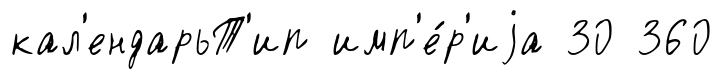
кал'ендарьТ'ип имп'е́р'иjа 30 360